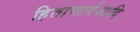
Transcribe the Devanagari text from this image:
हिताचार्यआदि